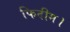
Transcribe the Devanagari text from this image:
फिदीम।